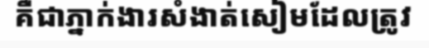
គឺជាភ្នាក់ងារសំងាត់សៀមដែលត្រូវ